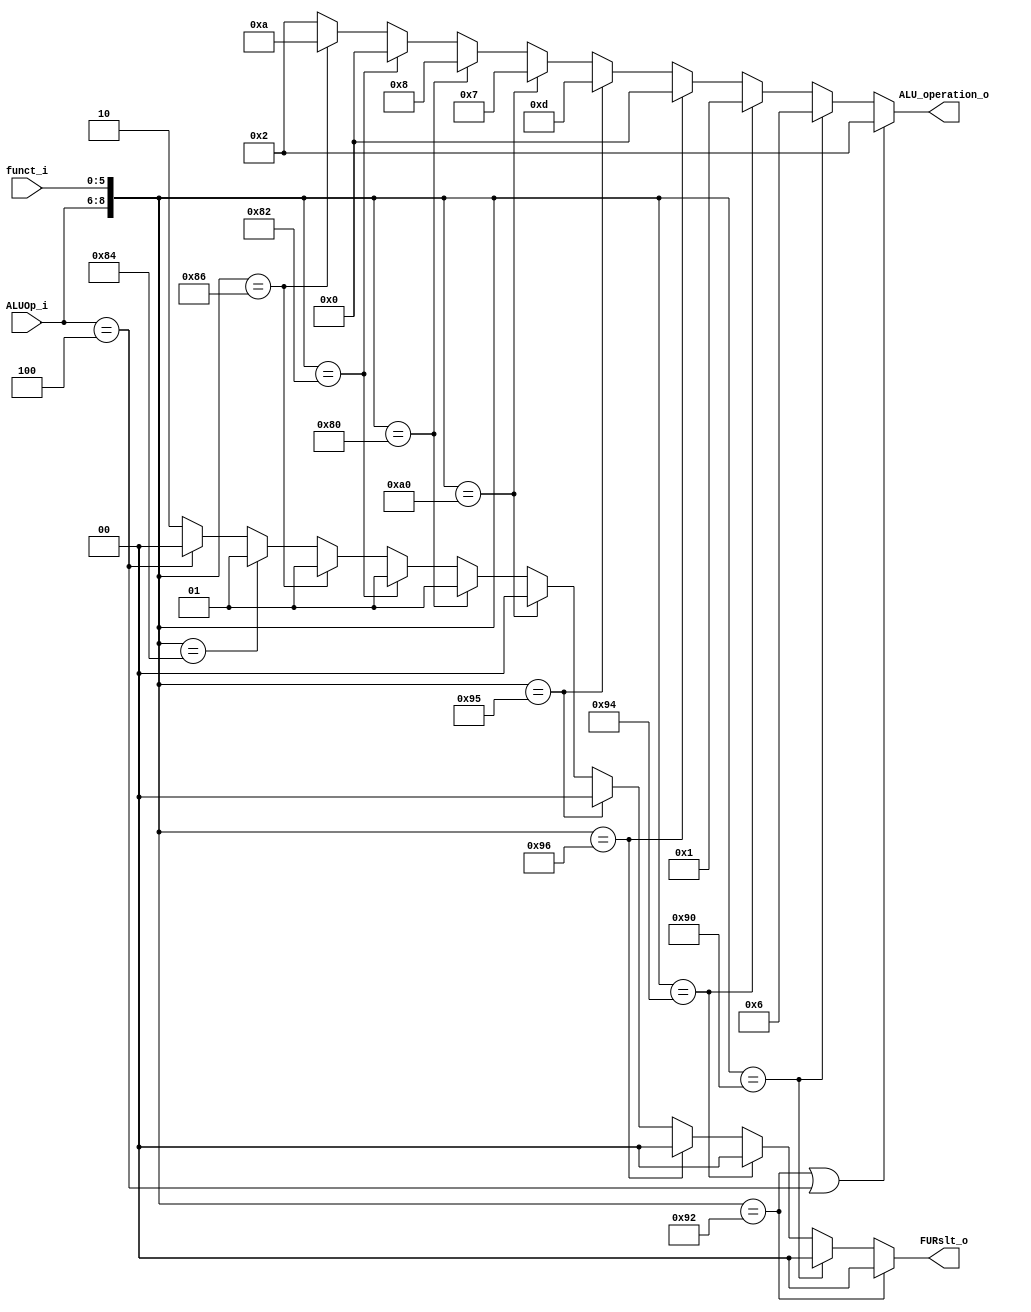
module ALU_Ctrl( funct_i, ALUOp_i, ALU_operation_o, FURslt_o );

//I/O ports 
input      [6-1:0] funct_i;
input      [3-1:0] ALUOp_i;

output     [4-1:0] ALU_operation_o;  
output     [2-1:0] FURslt_o;
     
//Internal Signals
wire		[4-1:0] ALU_operation_o;
wire		[2-1:0] FURslt_o;

//Main function
/*your code here*/
assign ALU_operation_o = ({ALUOp_i,funct_i} == 9'b010010010 || ALUOp_i == 3'b100) ? 4'b0010 : //add addi
						 ({ALUOp_i,funct_i} == 9'b010010000) ? 4'b0110 : //sub
						 ({ALUOp_i,funct_i} == 9'b010010100) ? 4'b0001 : //and
						 ({ALUOp_i,funct_i} == 9'b010010110) ? 4'b0000 : //or
						 ({ALUOp_i,funct_i} == 9'b010010101) ? 4'b1101 : //nor
						 ({ALUOp_i,funct_i} == 9'b010100000) ? 4'b0111 : //slt
						 ({ALUOp_i,funct_i} == 9'b010000000) ? 4'b1000 : //sll
						 ({ALUOp_i,funct_i} == 9'b010000010) ? 4'b0000 : //srl
						 ({ALUOp_i,funct_i} == 9'b010000110) ? 4'b1010 : 4'b0010; //sllv srlv
						 
assign FURslt_o = ({ALUOp_i,funct_i} == 9'b010010010) ? 0 : //add
		 		  ({ALUOp_i,funct_i} == 9'b010010000) ? 0 : //sub
				  ({ALUOp_i,funct_i} == 9'b010010100) ? 0 : //and
				  ({ALUOp_i,funct_i} == 9'b010010110) ? 0 : //or
				  ({ALUOp_i,funct_i} == 9'b010010101) ? 0 : //nor
				  ({ALUOp_i,funct_i} == 9'b010100000) ? 0 : //slt
				  ({ALUOp_i,funct_i} == 9'b010000000) ? 1 : //sll
				  ({ALUOp_i,funct_i} == 9'b010000010) ? 1 : //srl
				  ({ALUOp_i,funct_i} == 9'b010000110) ? 1 : //sllv
				  ({ALUOp_i,funct_i} == 9'b010000100) ? 1 : //srlv
				  (ALUOp_i == 3'b100) ? 0 : 2; //addi lui	


endmodule